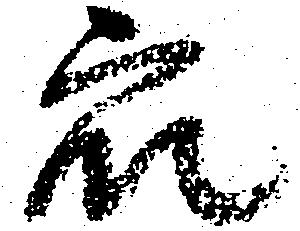
衆